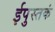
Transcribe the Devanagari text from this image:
ईपुस्तकं